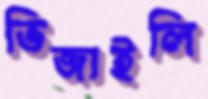
ভিজাইলি